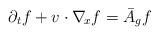
LaTeX: \begin{align*} \partial_t f + v\cdot\nabla_{\!x}f = \bar{A}_g f \end{align*}